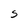
Character: S